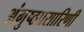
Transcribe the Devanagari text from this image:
अंगुष्ठप्रसारिणी